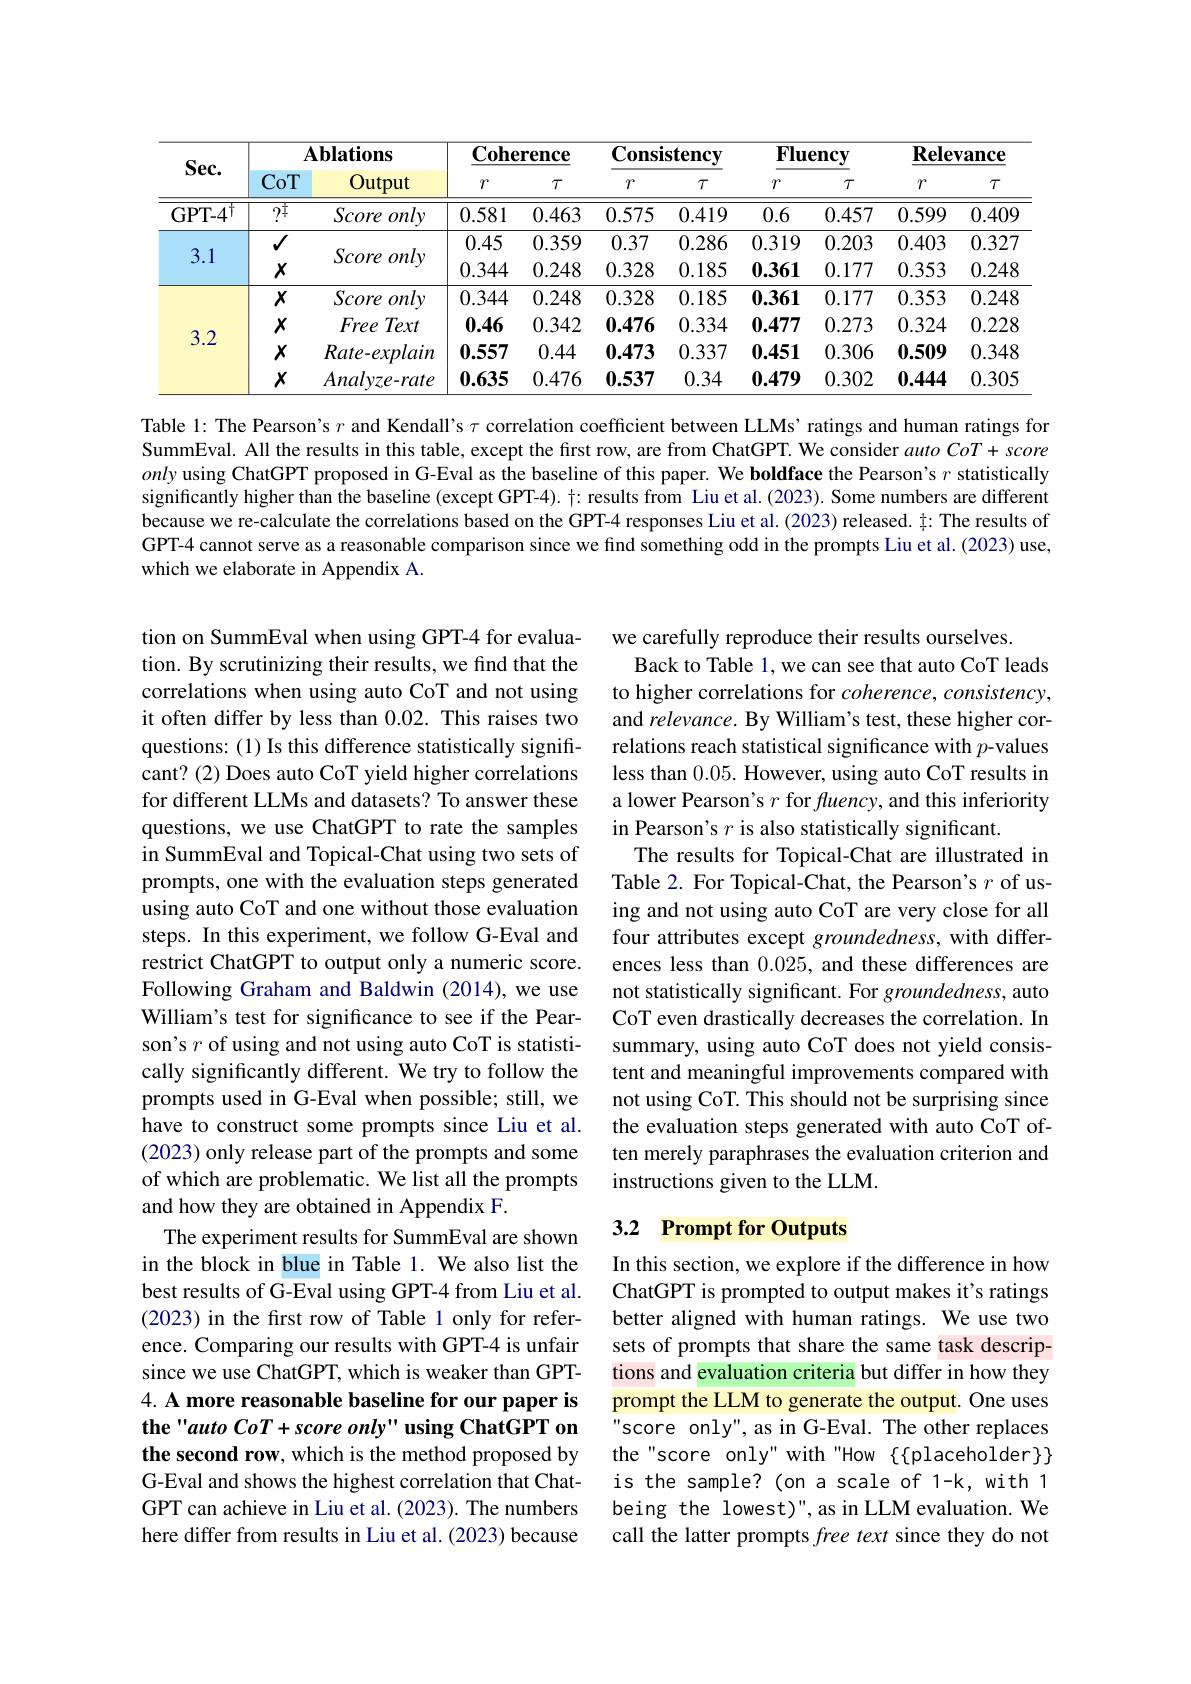
<table>
	<tbody>
		<tr>
			<th rowspan="2">$Sec.$</th>
			<th colspan="2">$\mathbf{Ablations}$</th>
			<th colspan="2">$\mathbf{Coherence}$</th>
			<th colspan="2">Consistency</th>
			<th colspan="2">$\mathbf{Fluency}$</th>
			<th colspan="2">$\mathbf{Relevance}$</th>
		</tr>
		<tr>
			<th>CoT</th>
			<th>Output</th>
			<th>$\gamma$</th>
			<th>$\tau$</th>
			<th>$\gamma$</th>
			<th>$\tau$</th>
			<th>$\gamma$</th>
			<th>$\tau$</th>
			<th>$\gamma$</th>
			<th>$\tau$</th>
		</tr>
		<tr>
			<td>GPT- $4^{\dagger }$</td>
			<td>$9_{+}^{\dagger}$</td>
			<td>Score only</td>
			<td>0.581</td>
			<td>0.463</td>
			<td>0.575</td>
			<td>0.419</td>
			<td>0.6</td>
			<td>0.457</td>
			<td>0.599</td>
			<td>0.409</td>
		</tr>
		<tr>
			<td rowspan="2">3.1</td>
			<td>$√$</td>
			<td> </td>
			<td>0.45</td>
			<td>0.359</td>
			<td>0.37</td>
			<td>0.286</td>
			<td>0.319</td>
			<td>0.203</td>
			<td>0.403</td>
			<td>0.327</td>
		</tr>
		<tr>
			<td>$X$</td>
			<td>${\mathcal{OCOTE}}$ Onty</td>
			<td>0.344</td>
			<td>0.248</td>
			<td>0.328</td>
			<td>0.185</td>
			<td>0.361</td>
			<td>0.177</td>
			<td>0.353</td>
			<td>0.248</td>
		</tr>
		<tr>
			<td rowspan="4">3.2</td>
			<td>$X$</td>
			<td>Score only</td>
			<td>0.344</td>
			<td>0.248</td>
			<td>0.328</td>
			<td>0.185</td>
			<td>0.361</td>
			<td>0.177</td>
			<td>0.353</td>
			<td>0.248</td>
		</tr>
		<tr>
			<td>$X$</td>
			<td>Text Free</td>
			<td>0.46</td>
			<td>0.342</td>
			<td>0.476</td>
			<td>0.334</td>
			<td>0.477</td>
			<td>0.273</td>
			<td>0.324</td>
			<td>0.228</td>
		</tr>
		<tr>
			<td>$X$</td>
			<td>$Rate-explain$</td>
			<td>0.557</td>
			<td>0.44</td>
			<td>0.473</td>
			<td>0.337</td>
			<td>0.451</td>
			<td>0.306</td>
			<td>0.509</td>
			<td>0.348</td>
		</tr>
		<tr>
			<td>$X$</td>
			<td>$Analvze-rate$</td>
			<td>0.635</td>
			<td>0.476</td>
			<td>0.537</td>
			<td>0.34</td>
			<td>0.479</td>
			<td>0.302</td>
			<td>0.444</td>
			<td>0.305</td>
		</tr>
	</tbody>
</table>

Table l: The Pearson's $r$ and Kendall's $\tau$ correlation coefficient between LLMs' ratings and human ratings for SummEval. All the results in this table, except the first row, are from ChatGPT. We consider $autoCoT+score$ only using ChatGPT proposed in G-Eval as the baseline of this paper. We boldface the Pearson's $r$ statistically significantly higher than the baseline (except GPT-4). $\dagger:$ results from Liu et al.(2023). Some numbers are different because we re-calculate the correlations based on the GPT-4 responses Liu et al.(2023) released. į: The results of GPT-4 cannot serve as a reasonable comparison since we find something odd in the prompts Liu et al.(2023) use, which we elaborate in Appendix A.

we carefully reproduce their results ourselves.
Back to Table 1, we can see that auto CoT leads to higher correlations for coherence, consistency, and relevance. By William's test, these higher correlations reach statistical significance with $p$-values less than 0.05. However, using auto CoT results in a lower Pearson's $r$ for $fuency$, and this inferiority in Pearson's $r$ is also statistically significant.
The results for Topical-Chat are illustrated in Table 2. For Topical-Chat, the Pearson's $r$ of using and not using auto CoT are very close for all four attributes except groundedness, with differences less than 0.025, and these differences are not statistically significant. For groundedness, auto CoT even drastically decreases the correlation. In summary, using auto CoT does not yield consistent and meaningful improvements compared with not using CoT. This should not be surprising since the evaluation steps generated with auto CoT often merely paraphrases the evaluation criterion and instructions given to the LLM.

tion on SummEval when using GPT-4 for evaluation. By scrutinizing their results, we find that the correlations when using auto CoT and not using it often differ by less than 0.02. This raises two questions: (1) Is this difference statistically significant? (2) Does auto CoT yield higher correlations for different LLMs and datasets? To answer these questions, we use ChatGPT to rate the samples in SummEval and Topical-Chat using two sets of prompts, one with the evaluation steps generated using auto CoT and one without those evaluation steps. In this experiment, we follow G-Eval and restrict ChatGPT to output only a numeric score. Following Graham and Baldwin (2014), we use William's test for significance to see if the Pearson's $r$ of using and not using auto CoT is statistically significantly different. We try to follow the prompts used in G-Eval when possible; still, we have to construct some prompts since Liu et al. (2023) only release part of the prompts and some of which are problematic. We list all the prompts and how they are obtained in Appendix F.
The experiment results for SummEval are shown in the block in blue in Table 1. We also list the best results of G-Eval using GPT-4 from Liu et al. (2023) in the frst row of Table 1 only for reference. Comparing our results with GPT-4 is unfair since we use ChatGPT, which is weaker than GPT- 4. A more reasonable baseline for our paper is the "auto CoT+score only" using ChatGPT on the second row, which is the method proposed by G-Eval and shows the highest correlation that ChatGPT can achieve in Liu et al. (2023). The numbers here differ from results in Liu et al. (2023) because

## 3.2 Prompt for Outputs

In this section, we explore if the difference in how ChatGPT is prompted to output makes it's ratings better aligned with human ratings. We use two sets of prompts that share the same task descriptions and evaluation criteria but differ in how they prompt the LLM to generate the output. One uses score only", as in G-Eval. The other replaces the"score only" with"How $\{\{$placeholder$\}\}$ is the sample? (on a scale of 1-k, with 1 being the lowest)",as in LLM evaluation. We call the latter prompts $free\textit{text since they do not}$